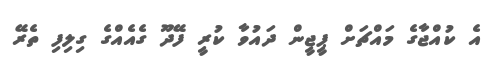
އެ ކުއްޖާގެ މައްޗަށް ޕީޖީން ދައުވާ ކުރީ ފޭދޫ ގެއެއްގެ ގިލިފި ތެރޭ